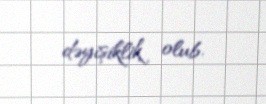
dəyişiklik olub.